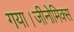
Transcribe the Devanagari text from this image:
गया।जीनोमिक्स